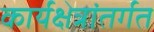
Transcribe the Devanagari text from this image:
कार्यक्षेत्रांतर्गत